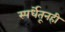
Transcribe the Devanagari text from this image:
स्पर्धेतूनही